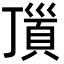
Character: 𩒆